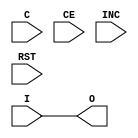
/*
 * Simplified IDELAY model.
 * Only fixed delay type is implemented and assumed.
 */

`timescale 1ns / 1ps

module IDELAY #(
	parameter IOBDELAY_TYPE = "DEFAULT",
	parameter IOBDELAY_VALUE = 0
) (
	input C,
	input CE,
	input I,
	input INC,
	input RST,
	output reg O
);

always @(I)
	# (IOBDELAY_VALUE*0.078) O = I;

endmodule